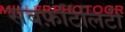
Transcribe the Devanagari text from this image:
सबफ़र्टिलिटी